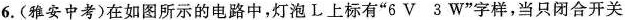
6.(雅安中考)在如图所示的电路中，灯泡L上标有”6V 3W”字样，当只闭合开关